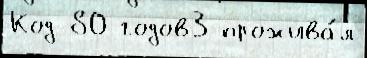
Код 80 годов3 прожива́л